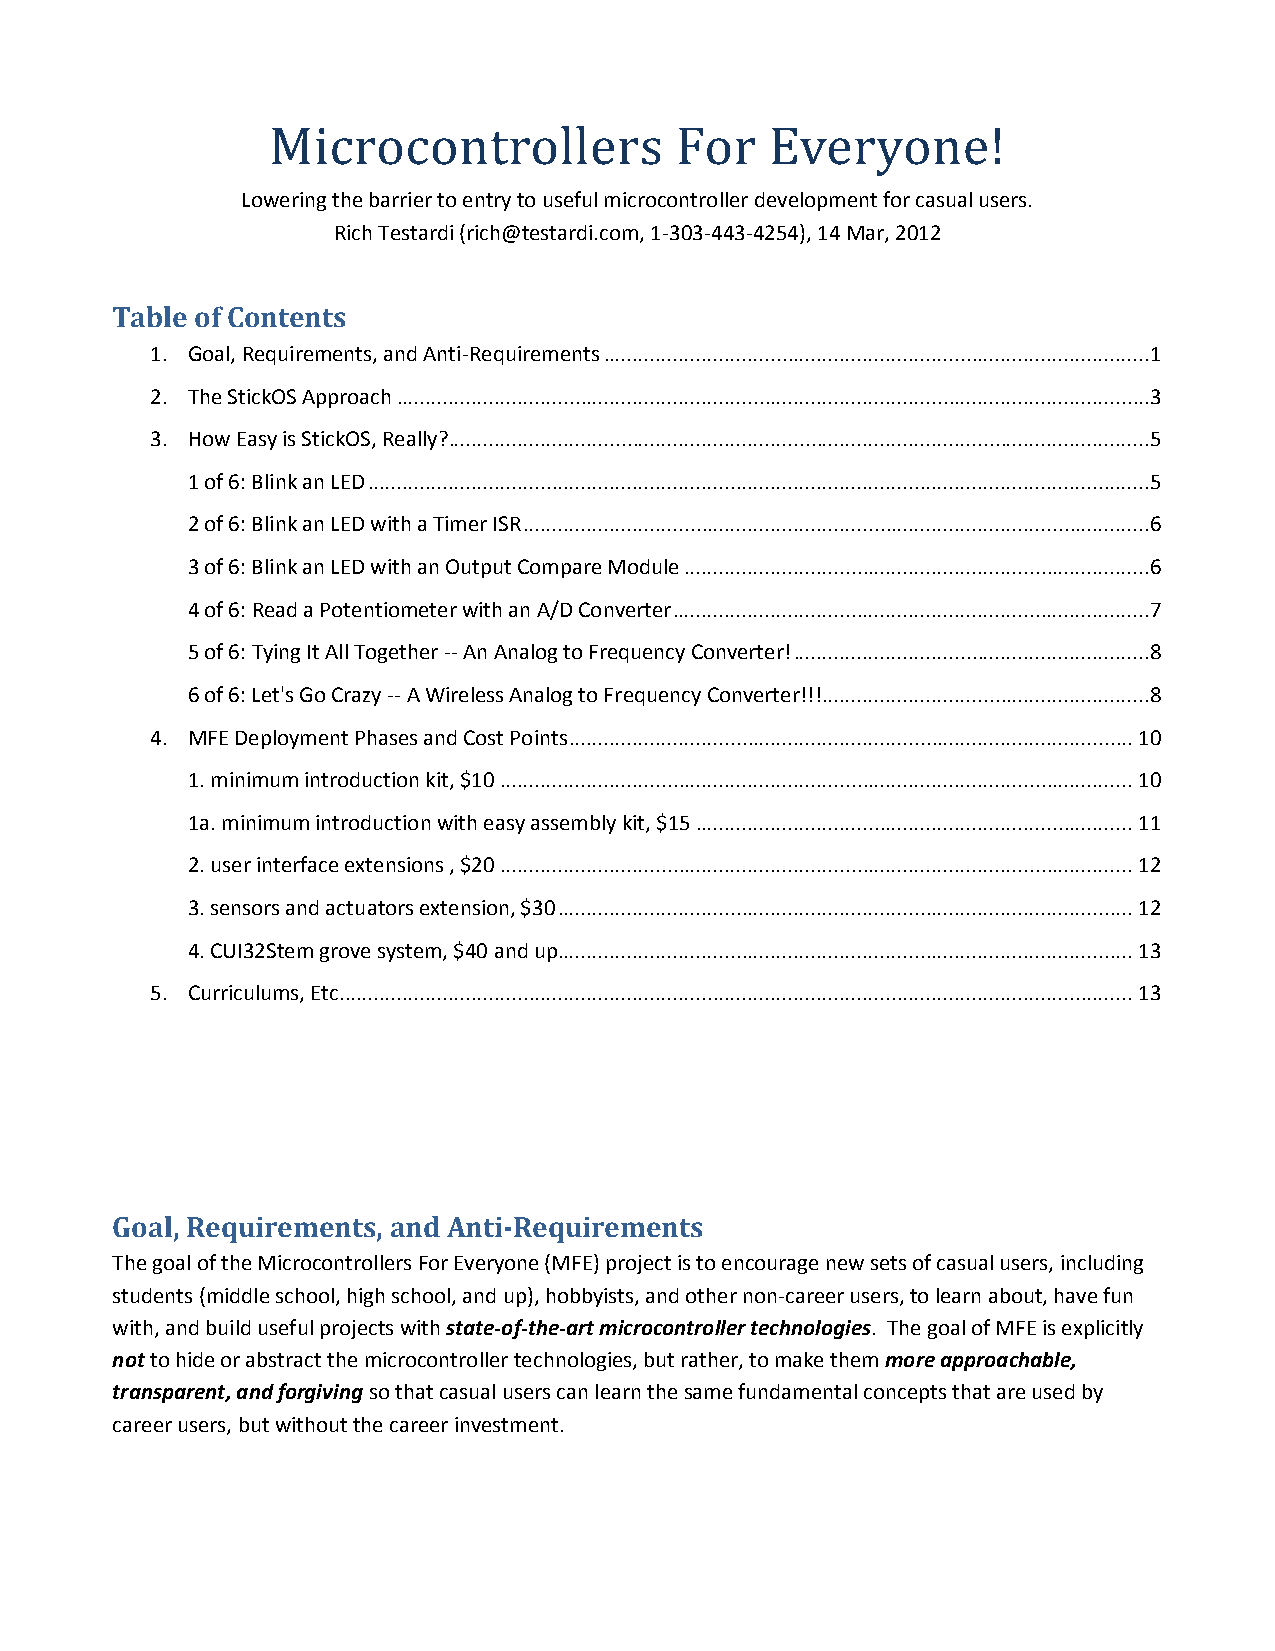
Microcontrollers           For   Everyone!
 Lowering the barrier to entry to useful microcontroller development for casual users.
 Rich Testardi (rich@testardi.com, 1-303-443-4254), 14 Mar, 2012
 Table of Contents
 1. Goal, Requirements, and Anti-Requirements ...............................................................................................1
 2. The StickOS Approach ...................................................................................................................................3
 3. How Easy is StickOS, Really? ..........................................................................................................................5
 1 of 6: Blink an LED ........................................................................................................................................5
 2 of 6: Blink an LED with a Timer ISR .............................................................................................................6
 3 of 6: Blink an LED with an Output Compare Module .................................................................................6
 4 of 6: Read a Potentiometer with an A/D Converter ...................................................................................7
 5 of 6: Tying It All Together -- An Analog to Frequency Converter! ..............................................................8
 6 of 6: Let's Go Crazy -- A Wireless Analog to Frequency Converter!!! .........................................................8
 4. MFE Deployment Phases and Cost Points .................................................................................................. 10
 1. minimum introduction kit, $10 .............................................................................................................. 10
 1a. minimum introduction with easy assembly kit, $15 ............................................................................ 11
 2. user interface extensions , $20 .............................................................................................................. 12
 3. sensors and actuators extension, $30 .................................................................................................... 12
 4. CUI32Stem grove system, $40 and up.................................................................................................... 13
 5. Curriculums, Etc. ......................................................................................................................................... 13
 Goal, Requirements, and Anti-Requirements
 The goal of the Microcontrollers For Everyone (MFE) project is to encourage new sets of casual users, including
 students (middle school, high school, and up), hobbyists, and other non-career users, to learn about, have fun
 with, and build useful projects with state-of-the-art microcontroller technologies. The goal of MFE is explicitly
 not to hide or abstract the microcontroller technologies, but rather, to make them more approachable,
 transparent, and forgiving so that casual users can learn the same fundamental concepts that are used by
 career users, but without the career investment.